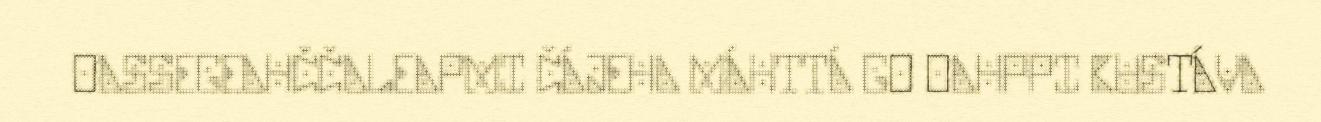
OASSEGEAHČČALEAPMI ČÁJEHA MÁHTTÁ GO OAHPPI BUSTÁVA